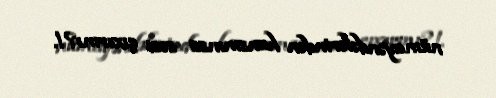
nümayəndələrindən hansınınsa səsi çıxırmı?!.